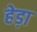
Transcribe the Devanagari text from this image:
हेड़ा